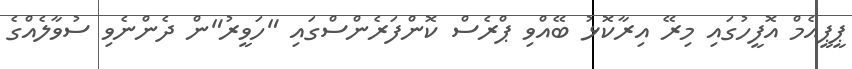
ޕީޕީއެމް އޮފީހުގައި މިރޭ އިރާކޮޅު ބޭއްވި ޕްރެސް ކޮންފަރެންސްގައި "ހަވީރު"ން ދެންނެވި ސުވާލެއްގެ